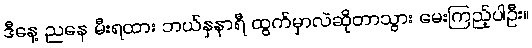
ဒီနေ့ ညနေ မီးရထား ဘယ်နှနာရီ ထွက်မှာလဲဆိုတာသွား မေးကြည့်ပါဦး။